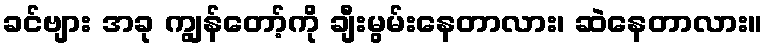
ခင်ဗျား အခု ကျွန်တော့်ကို ချီးမွမ်းနေတာလား၊ ဆဲနေတာလား။